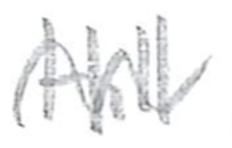
Text: Hill
Cross-out: wave
Writing tool: pencil